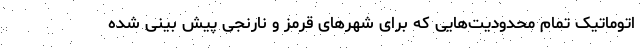
اتوماتیک تمام محدودیت‌هایی که برای شهرهای قرمز و نارنجی پیش بینی شده